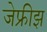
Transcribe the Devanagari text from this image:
जेफ्रीझ